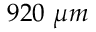
9 2 0 \ \mu m